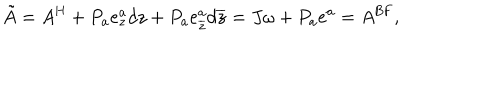
\tilde { A } = A ^ { \mathrm { H } } + P _ { a } e _ { z } ^ { a } d z + P _ { a } e _ { \overline { { { z } } } } ^ { a } d \overline { { { z } } } = J \omega + P _ { a } e ^ { a } = A ^ { \mathrm { B F } } ,